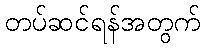
တပ်ဆင်ရန်အတွက်